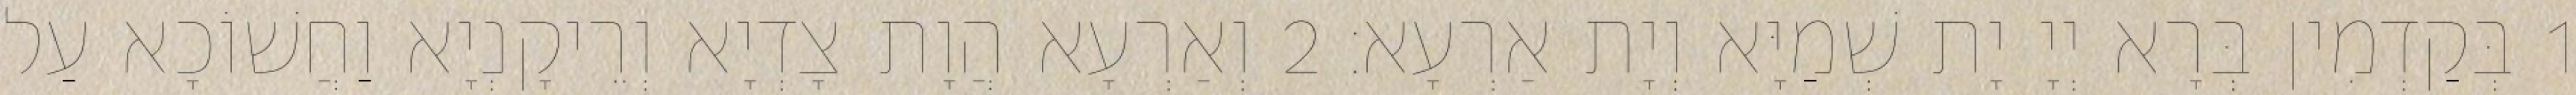
1 בְּקַדְמִין בְּרָא יְיָ יָת שְׁמַיָּא וְיָת אַרְעָא׃ 2 וְאַרְעָא הֲוָת צָדְיָא וְרֵיקָנְיָא וַחֲשׁוֹכָא עַל